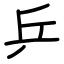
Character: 乒